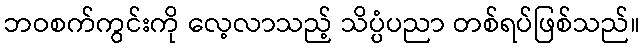
ဘဝစက်ကွင်းကို လေ့လာသည့် သိပ္ပံပညာ တစ်ရပ်ဖြစ်သည်။